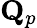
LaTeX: \mathbf{Q}_{p}